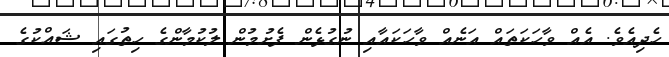
ހެދިއެވެ. އެއް ވާހަކަތައް އަނެއް ވާހަކައާއި ނުގުޅެން ފެށުމުން ލުކުމާންގެ ހިތުގައި ޝައްކުގެ